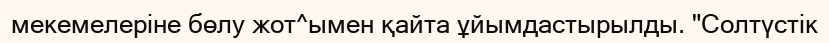
мекемелеріне бөлу жот^ымен қайта ұйымдастырылды. "Солтүстік